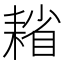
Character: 𦔄